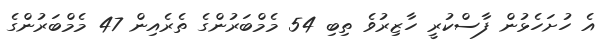
އެ ހުށަހެޅުން ފާސްކުރީ ހާޒިރުވެ ތިބި 54 މެމްބަރުންގެ ތެރެއިން 47 މެމްބަރުންގެ